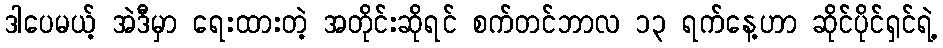
ဒါပေမယ့် အဲဒီမှာ ရေးထားတဲ့ အတိုင်းဆိုရင် စက်တင်ဘာလ ၁၃ ရက်နေ့ဟာ ဆိုင်ပိုင်ရှင်ရဲ့